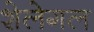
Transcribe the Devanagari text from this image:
शेलेगल